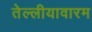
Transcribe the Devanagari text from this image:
तेल्लीयावारम